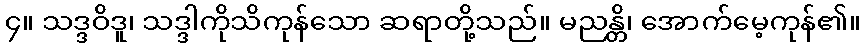
၄။ သဒ္ဒဝိဒူ၊ သဒ္ဒါကိုသိကုန်သော ဆရာတို့သည်။ မညန္တိ၊ အောက်မေ့ကုန်၏။